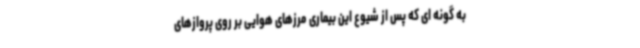
به گونه ای که پس از شیوع این بیماری مرزهای هوایی بر روی پروازهای